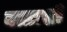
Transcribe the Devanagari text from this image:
बत्ताशी